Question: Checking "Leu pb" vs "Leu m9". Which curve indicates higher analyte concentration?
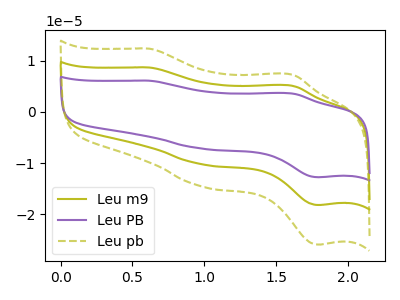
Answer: <think>The olive curve "Leu m9" has anodic peaks at (0.60V, 8.65uA) (1.60V, 5.05uA) and cathodic peaks at (1.00V, -10.25uA) (1.80V, -18.20uA). The purple curve "Leu PB" has anodic peaks at (0.60V, 17.30uA) (1.60V, 10.15uA) and cathodic peaks at (1.00V, -20.50uA) (1.80V, -36.40uA). The olive dashed curve "Leu pb" has anodic peaks at (0.60V, 12.35uA) (1.60V, 7.20uA) and cathodic peaks at (1.00V, -14.60uA) (1.80V, -25.90uA).
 All the peaks in "Leu pb" have a peak in "Leu m9" at the same potential. Every peak in "Leu pb" is higher than every peak in "Leu m9".</think>
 <answer>"Leu pb" has more signal than "Leu m9" and so likely has a higher concentration.</answer>
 <eval>more_concentration</eval>